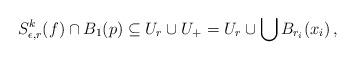
LaTeX: \begin{align*}S^k_{\epsilon,r}(f)\cap B_1(p)\subseteq U_r\cup U_+ = U_r\cup\bigcup B_{r_i}(x_i)\, ,\end{align*}